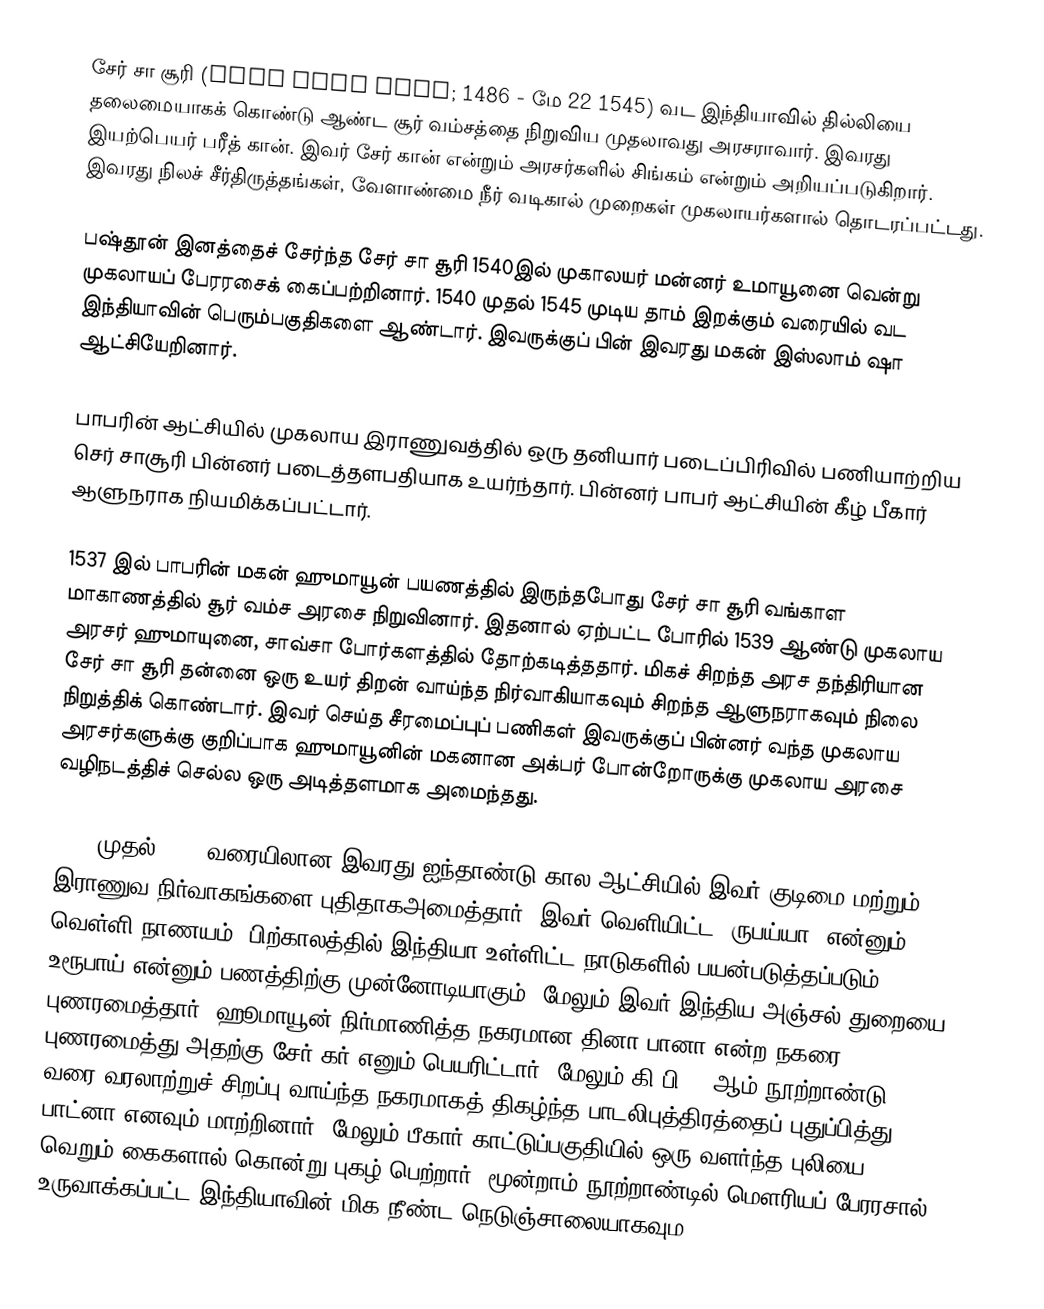
சேர் சா சூரி (Sher Shah Suri; 1486 - மே 22 1545) வட இந்தியாவில் தில்லியை தலைமையாகக் கொண்டு ஆண்ட சூர் வம்சத்தை நிறுவிய முதலாவது அரசராவார்.  இவரது இயற்பெயர் பரீத் கான். இவர் சேர் கான் என்றும் அரசர்களில் சிங்கம் என்றும் அறியப்படுகிறார். இவரது நிலச் சீர்திருத்தங்கள், வேளாண்மை நீர் வடிகால் முறைகள் முகலாயர்களால் தொடரப்பட்டது.

பஷ்தூன் இனத்தைச் சேர்ந்த சேர் சா சூரி  1540இல் முகாலயர் மன்னர் உமாயூனை வென்று முகலாயப் பேரரசைக் கைப்பற்றினார்.  1540 முதல் 1545 முடிய தாம் இறக்கும் வரையில் வட இந்தியாவின் பெரும்பகுதிகளை ஆண்டார். இவருக்குப் பின் இவரது மகன் இஸ்லாம் ஷா ஆட்சியேறினார்.

பாபரின் ஆட்சியில் முகலாய இராணுவத்தில் ஒரு தனியார் படைப்பிரிவில் பணியாற்றிய செர் சாசூரி பின்னர் படைத்தளபதியாக உயர்ந்தார். பின்னர் பாபர் ஆட்சியின் கீழ் பீகார் ஆளுநராக நியமிக்கப்பட்டார்.

1537 இல் பாபரின் மகன் ஹுமாயூன் பயணத்தில் இருந்தபோது சேர் சா சூரி வங்காள மாகாணத்தில்  சூர் வம்ச அரசை நிறுவினார். இதனால் ஏற்பட்ட போரில் 1539 ஆண்டு முகலாய அரசர் ஹுமாயுனை, சாவ்சா போர்களத்தில் தோற்கடித்ததார். மிகச் சிறந்த அரச தந்திரியான சேர் சா சூரி  தன்னை ஒரு உயர் திறன் வாய்ந்த நிர்வாகியாகவும் சிறந்த ஆளுநராகவும்  நிலை நிறுத்திக் கொண்டார். இவர் செய்த சீரமைப்புப் பணிகள் இவருக்குப் பின்னர் வந்த முகலாய அரசர்களுக்கு குறிப்பாக ஹுமாயூனின் மகனான அக்பர் போன்றோருக்கு முகலாய அரசை வழிநடத்திச் செல்ல ஒரு அடித்தளமாக அமைந்தது.

1540 முதல் 1545 வரையிலான இவரது ஐந்தாண்டு கால ஆட்சியில்  இவர் குடிமை மற்றும் இராணுவ நிர்வாகங்களை புதிதாகஅமைத்தார்.  இவர் வெளியிட்ட 'ருபய்யா' என்னும் வெள்ளி நாணயம், பிற்காலத்தில் இந்தியா உள்ளிட்ட நாடுகளில் பயன்படுத்தப்படும் உரூபாய் என்னும் பணத்திற்கு முன்னோடியாகும். மேலும் இவர் இந்திய அஞ்சல் துறையை புணரமைத்தார். ஹூமாயூன் நிர்மாணித்த நகரமான  தினா-பானா என்ற நகரை புணரமைத்து அதற்கு  சேர் கர் எனும் பெயரிட்டார். மேலும் கி.பி. 7 ஆம் நூற்றாண்டு வரை வரலாற்றுச் சிறப்பு வாய்ந்த நகரமாகத் திகழ்ந்த பாடலிபுத்திரத்தைப் புதுப்பித்து பாட்னா எனவும் மாற்றினார். மேலும் பீகார் காட்டுப்பகுதியில் ஒரு வளர்ந்த புலியை வெறும் கைகளால் கொன்று புகழ் பெற்றார். மூன்றாம் நூற்றாண்டில் மௌரியப் பேரரசால் உருவாக்கப்பட்ட  இந்தியாவின் மிக நீண்ட  நெடுஞ்சாலையாகவும